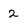
Character: 2